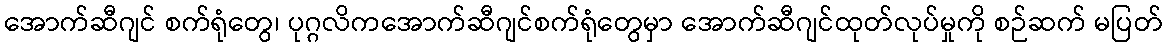
အောက်ဆီဂျင် စက်ရုံတွေ၊ ပုဂ္ဂလိကအောက်ဆီဂျင်စက်ရုံတွေမှာ အောက်ဆီဂျင်ထုတ်လုပ်မှုကို စဉ်ဆက် မပြတ်